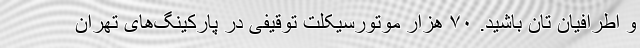
و اطرافیان تان باشید. ۷۰ هزار موتورسیکلت توقیفی در پارکینگ‌های تهران